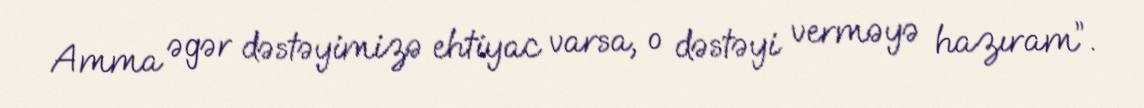
Amma əgər dəstəyimizə ehtiyac varsa, o dəstəyi verməyə hazıram”.